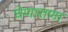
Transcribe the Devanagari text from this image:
घेणाराणा